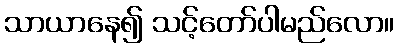
သာယာနေ၍ သင့်တော်ပါမည်လော။